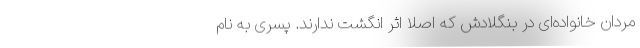
مردان خانواده‌ای در بنگلادش که اصلا اثر انگشت ندارند. پسری به نام